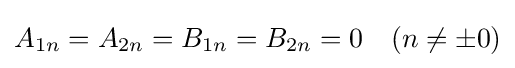
A_{1n}=A_{2n}=B_{1n}=B_{2n}=0\quad (n\neq \pm 0)